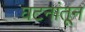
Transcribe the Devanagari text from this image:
घटनांतून